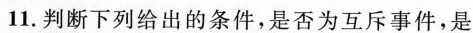
11. 判断下列给出的条件，是否为互斥事件，是